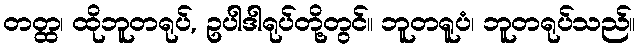
တတ္ထ၊ ထိုဘူတရုပ်, ဥပါဒါရုပ်တို့တွင်။ ဘူတရူပံ၊ ဘူတရုပ်သည်။